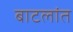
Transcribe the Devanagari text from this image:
बाटलांत